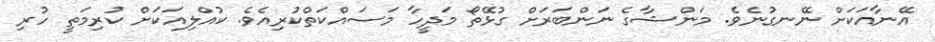
އޭނާއަކަށް ނޭނގުނެވެ. މަންޝާގެ ނަންބަރަށް ގުޅޭތޯ މަދީހާ މަސައްކަތްކުރިއެވެ. ކުއްލިއަކަށް ކުރިމަތީ ހުރި